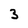
Character: 3